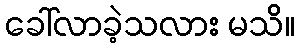
ခေါ်လာခဲ့သလား မသိ။